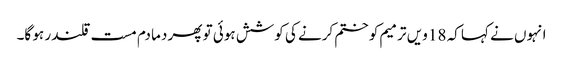
انہوں نے کہا کہ 18 ویں ترمیم کو ختم کرنے کی کوشش ہوئی تو پھر دما دم مست قلندر ہو گا۔